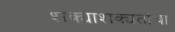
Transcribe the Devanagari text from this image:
शक्याशक्यतांचा